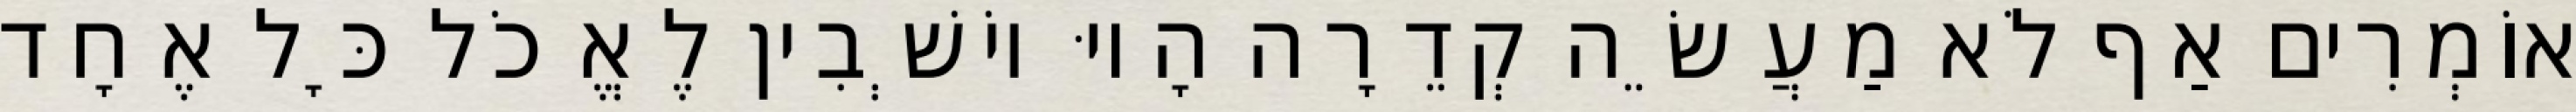
אוֹמְרִים אַף לֹא מַעֲשֵׂה קְדֵרָה הָיוּ יוֹשְׁבִין לֶאֱכֹל כָּל אֶחָד